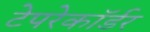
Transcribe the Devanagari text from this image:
टेपरेकॉर्डर